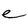
Character: e